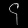
Digit: ၄